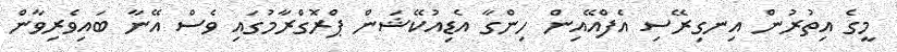
މީގެ އިތުރުން އިނގިރޭސި އެފްއޭއިން ހިންގާ އެޑިއުކޭޝަން ޕްރޮގްރާމުގައި ވެސް އޭނާ ބައިވެރިވާން